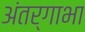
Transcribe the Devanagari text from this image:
अंतर्गाभा